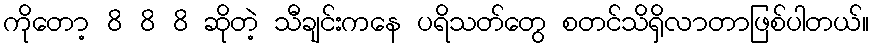
ကိုတော့ 8 8 8 ဆိုတဲ့ သီချင်းကနေ ပရိသတ်တွေ စတင်သိရှိလာတာဖြစ်ပါတယ်။